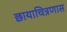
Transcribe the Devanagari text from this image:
छायाचित्रणास